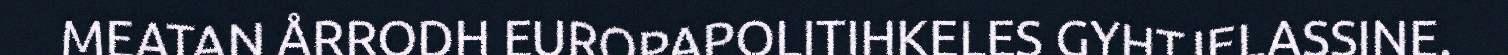
MEATAN ÅRRODH EUROPAPOLITIHKELES GYHTJELASSINE.